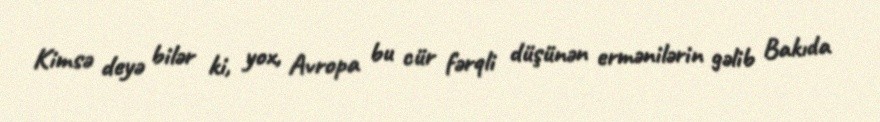
Kimsə deyə bilər ki, yox, Avropa bu cür fərqli düşünən ermənilərin gəlib Bakıda